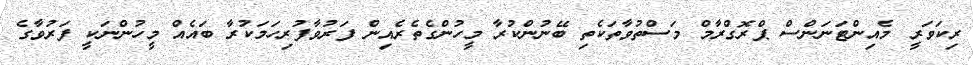
ރިކަވަރީ މެއިންޓަނަންސް ޕްރޮގްރާމް މަސްތުވާތަކެތި ބޭނުންކުރާ މީހުންގެތެރެއިން ފަރުވާފުރިހަމަކުރާ ބައެއް މީހުންނަކީ ފަރުވާގެ